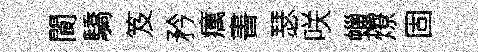
閬驕笈矜癘書瑟咲蠟燎固